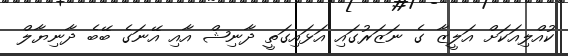
ކުއްލިއަކަށް އަލީޒާ ގެ ނަޒަރުގައި އަޅައިގަތީ ދާނިޝް އާއި އޭނަގެ ބޭބެ ދާނިޔާލް